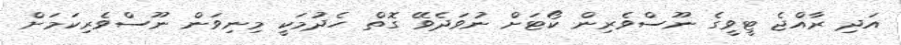
އަދި ރާއްޖެ ޓީވީގެ ނޫސްވެރިން ކޯޓަށް ނުވަދެވޭ ގޮތް ހެދުމަކީ މިނިވަން ނޫސްވެރިކަމަށް